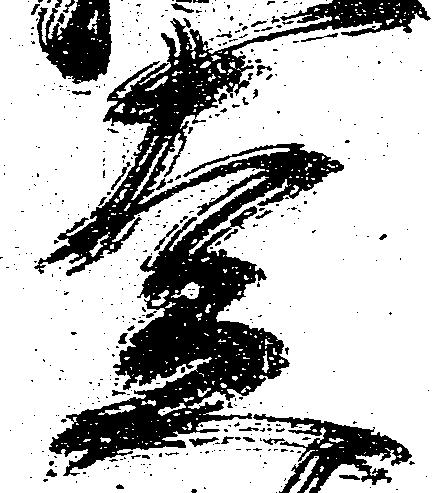
走